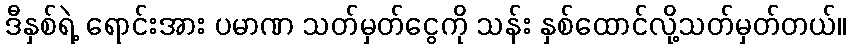
ဒီနှစ်ရဲ့ ရောင်းအား ပမာဏ သတ်မှတ်ငွေကို သန်း နှစ်ထောင်လို့သတ်မှတ်တယ်။